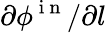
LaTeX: \partial\phi^{\mathrm{~i~n~}}/\partial l